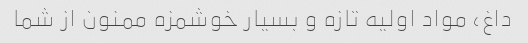
داغ، مواد اولیه تازه و بسیار خوشمزه ممنون از شما